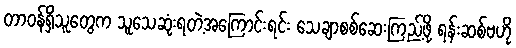
တာဝန်ရှိသူတွေက သူသေဆုံးရတဲ့အကြောင်းရင်း သေချာစစ်ဆေးကြည့်ဖို့ ရန်းဆစ်ဗဟို